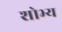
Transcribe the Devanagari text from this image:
शोभ्य